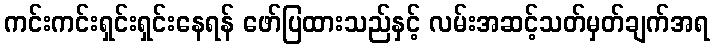
ကင်းကင်းရှင်းရှင်းနေရန် ဖော်ပြထားသည်နှင့် လမ်းအဆင့်သတ်မှတ်ချက်အရ